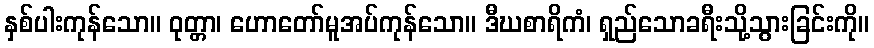
နှစ်ပါးကုန်သော။ ဝုတ္တာ၊ ဟောတော်မူအပ်ကုန်သော။ ဒီဃစာရိကံ၊ ရှည်သောခရီးသို့သွားခြင်းကို။